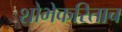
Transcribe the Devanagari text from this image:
शोभेकरिताच